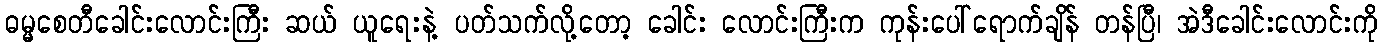
ဓမ္မစေတီခေါင်းလောင်းကြီး ဆယ် ယူရေးနဲ့ ပတ်သက်လို့တော့ ခေါင်း လောင်းကြီးက ကုန်းပေါ်ရောက်ချိန် တန်ပြီ၊ အဲဒီခေါင်းလောင်းကို